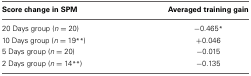
<table><thead><tr><td><b>Score change in SPM</b></td><td><b>Averaged training gain</b></td></tr></thead><tbody><tr><td>20 Days group (<i>n</i> = 20)</td><td>−0.465<sup>*</sup></td></tr><tr><td>10 Days group (<i>n</i> = 19<sup>**</sup>)</td><td>+0.046</td></tr><tr><td>5 Days group (<i>n</i> = 20)</td><td>−0.015</td></tr><tr><td>2 Days group (<i>n</i> = 14<sup>**</sup>)</td><td>−0.135</td></tr></tbody></table>